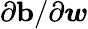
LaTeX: {\partial\mathbf{b}}/{\partial\boldsymbol{w}}